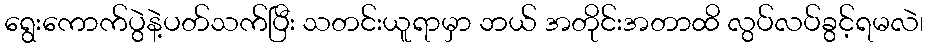
ရွေးကောက်ပွဲနဲ့ပတ်သက်ပြီး သတင်းယူရာမှာ ဘယ် အတိုင်းအတာထိ လွပ်လပ်ခွင့်ရမလဲ၊